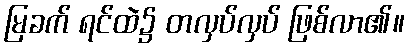
မြခက် ရင်ထဲ၌ တလှပ်လှပ် ဖြစ်လာ၏။